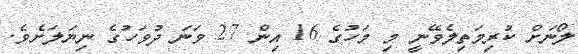
ލޯނަށް ކުރިމަތިލެވޭނީ މި މަހުގެ 16 އިން 27 ވަނަ ދުވަހުގެ ނިޔަލަށެވެ.